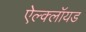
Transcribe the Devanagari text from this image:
ऐल्क्लॉयड